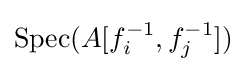
\operatorname {Spec} (A[f_{i}^{-1},f_{j}^{-1}])